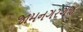
જામનગરગજ